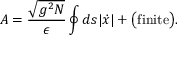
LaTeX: A = \frac { \sqrt { g ^ { 2 } N } } { \epsilon } \oint d s | \dot { x } | + \big ( \mathrm { f i n i t e } \big ) .